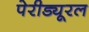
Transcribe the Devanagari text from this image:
पेरीड्यूरल